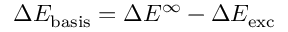
\Delta E _ { \mathrm { b a s i s } } = \Delta E ^ { \infty } - \Delta E _ { \mathrm { e x c } }